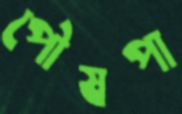
পৌষপা